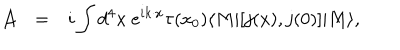
\begin{array} { r c l } { { { \cal A } } } & { { = } } & { { \displaystyle i \int d ^ { 4 } x ~ e ^ { i k \cdot x } \tau ( x _ { 0 } ) \langle M | [ j ( x ) , j ( 0 ) ] | M \rangle , } } \\ \end{array}